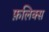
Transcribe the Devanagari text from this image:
फ़लिक्स